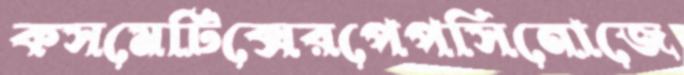
কসমেটিক্সেরপেপসিনোজে